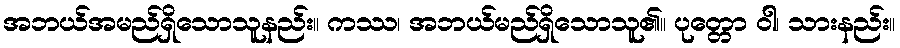
အဘယ်အမည်ရှိသောသူနည်း။ ကဿ၊ အဘယ်မည်ရှိသောသူ၏။ ပုတ္တော ဝါ၊ သားနည်း။